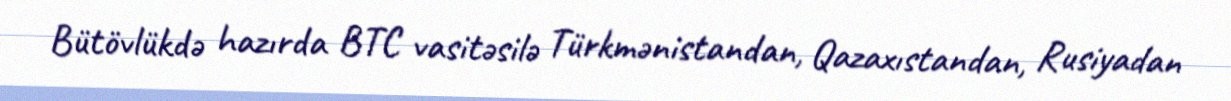
Bütövlükdə hazırda BTC vasitəsilə Türkmənistandan, Qazaxıstandan, Rusiyadan